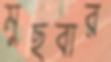
মুছবার